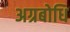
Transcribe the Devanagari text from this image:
अग्रबोधि